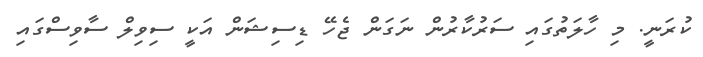
ކުރަނީ. މި ހާލަތުގައި ސަރުކާރުން ނަގަން ޖެހޭ ޑިސިޝަން އަކީ ސިވިލް ސާވިސްގައި